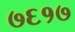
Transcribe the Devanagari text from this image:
७६१७